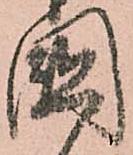
國